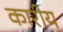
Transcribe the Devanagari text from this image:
कारीय